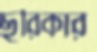
ছুরিকার